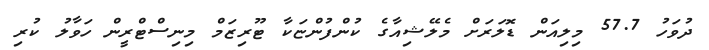
ދުވަހު 57.7 މިލިއަން ޑޮލަރަށް މެލޭޝިއާގެ ކުންފުންޏަކާ ޓޫރިޒަމް މިނިސްޓްރީން ހަވާލު ކުރި